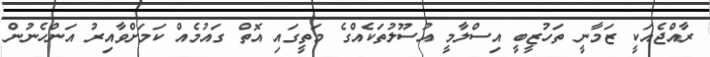
ރާއްޖެއަކީ ޒަމާނީ ތަހުޒީބީ އިސްލާމީ އުސޫލުތަކެއްގެ މަތީގައި އޮތް ގައުމެއް ކަމަށްވާއިރު އަންހެނުން